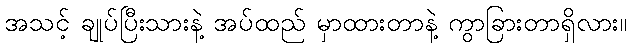
အသင့် ချုပ်ပြီးသားနဲ့ အပ်ထည် မှာထားတာနဲ့ ကွာခြားတာရှိလား။